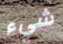
شيء